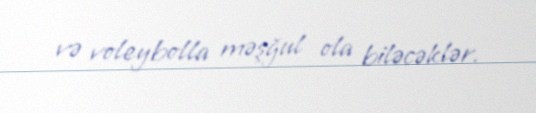
və voleybolla məşğul ola biləcəklər.